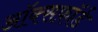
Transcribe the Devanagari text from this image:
ऑक्सफ़ॉर्ड